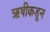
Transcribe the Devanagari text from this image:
ऋषीकडून